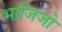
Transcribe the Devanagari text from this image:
भाजिजो